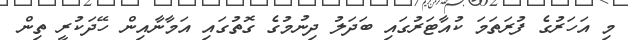
މި އަހަރުގެ ފުރަތަމަ ކުއާޓަރުގައި ބަދަލު ދިނުމުގެ ގޮތުގައި އަމާނާއިން ހޭދަކުރީ ތިން